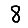
Digit: 8